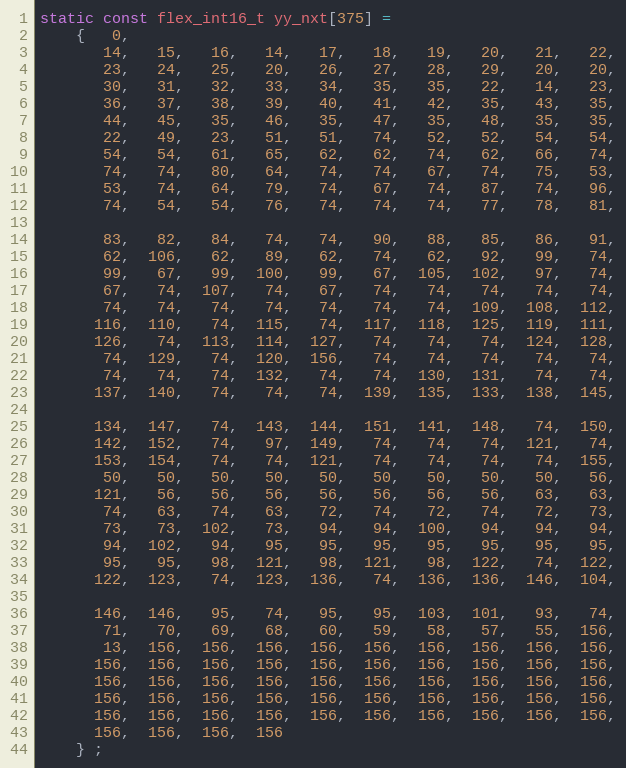
Language: C
static const flex_int16_t yy_nxt[375] =
    {   0,
       14,   15,   16,   14,   17,   18,   19,   20,   21,   22,
       23,   24,   25,   20,   26,   27,   28,   29,   20,   20,
       30,   31,   32,   33,   34,   35,   35,   22,   14,   23,
       36,   37,   38,   39,   40,   41,   42,   35,   43,   35,
       44,   45,   35,   46,   35,   47,   35,   48,   35,   35,
       22,   49,   23,   51,   51,   74,   52,   52,   54,   54,
       54,   54,   61,   65,   62,   62,   74,   62,   66,   74,
       74,   74,   80,   64,   74,   74,   67,   74,   75,   53,
       53,   74,   64,   79,   74,   67,   74,   87,   74,   96,
       74,   54,   54,   76,   74,   74,   74,   77,   78,   81,

       83,   82,   84,   74,   74,   90,   88,   85,   86,   91,
       62,  106,   62,   89,   62,   74,   62,   92,   99,   74,
       99,   67,   99,  100,   99,   67,  105,  102,   97,   74,
       67,   74,  107,   74,   67,   74,   74,   74,   74,   74,
       74,   74,   74,   74,   74,   74,   74,  109,  108,  112,
      116,  110,   74,  115,   74,  117,  118,  125,  119,  111,
      126,   74,  113,  114,  127,   74,   74,   74,  124,  128,
       74,  129,   74,  120,  156,   74,   74,   74,   74,   74,
       74,   74,   74,  132,   74,   74,  130,  131,   74,   74,
      137,  140,   74,   74,   74,  139,  135,  133,  138,  145,

      134,  147,   74,  143,  144,  151,  141,  148,   74,  150,
      142,  152,   74,   97,  149,   74,   74,   74,  121,   74,
      153,  154,   74,   74,  121,   74,   74,   74,   74,  155,
       50,   50,   50,   50,   50,   50,   50,   50,   50,   56,
      121,   56,   56,   56,   56,   56,   56,   56,   63,   63,
       74,   63,   74,   63,   72,   74,   72,   74,   72,   73,
       73,   73,  102,   73,   94,   94,  100,   94,   94,   94,
       94,  102,   94,   95,   95,   95,   95,   95,   95,   95,
       95,   95,   98,  121,   98,  121,   98,  122,   74,  122,
      122,  123,   74,  123,  136,   74,  136,  136,  146,  104,

      146,  146,   95,   74,   95,   95,  103,  101,   93,   74,
       71,   70,   69,   68,   60,   59,   58,   57,   55,  156,
       13,  156,  156,  156,  156,  156,  156,  156,  156,  156,
      156,  156,  156,  156,  156,  156,  156,  156,  156,  156,
      156,  156,  156,  156,  156,  156,  156,  156,  156,  156,
      156,  156,  156,  156,  156,  156,  156,  156,  156,  156,
      156,  156,  156,  156,  156,  156,  156,  156,  156,  156,
      156,  156,  156,  156
    } ;